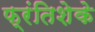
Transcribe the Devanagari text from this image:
फ्रंतिशेके